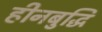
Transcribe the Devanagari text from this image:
हीनबुद्धि